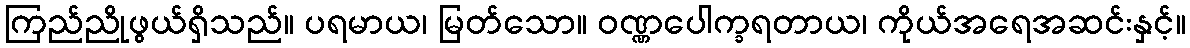
ကြည်ညိုဖွယ်ရှိသည်။ ပရမာယ၊ မြတ်သော။ ဝဏ္ဏပေါက္ခရတာယ၊ ကိုယ်အရေအဆင်းနှင့်။